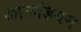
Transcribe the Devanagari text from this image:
कालडियन